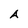
Character: A